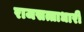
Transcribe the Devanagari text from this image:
राजसत्ताधारी